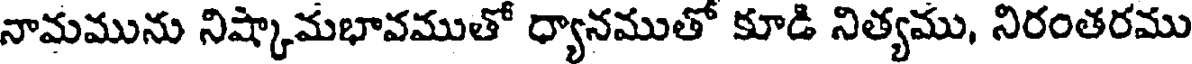
నామమును నిష్కామభావముతో ధ్యానముతో కూడి నిత్యము, నిరంతరము